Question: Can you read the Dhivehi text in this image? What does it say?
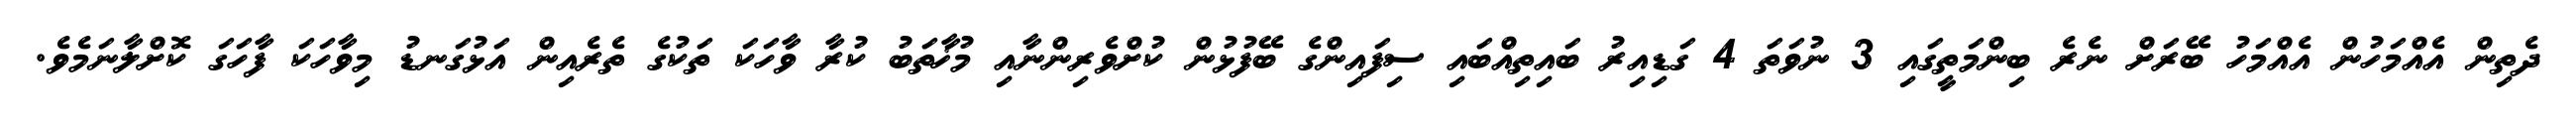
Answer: ދެތިން އެއްމަހުން އެއްމަހު ބޭރަށް ނެރެ ބިންމަތީގައި 3 ނުވަތަ 4 ގަޑިއިރު ބައިތިއްބައި ސިފައިންގެ ބޭފުޅުން ކުށްވެރިންނާއި މުޚާތަބު ކުރާ ވާހަކަ ތަކުގެ ތެރެއިން އަޅުގަނޑު މިވާހަކަ ފާހަގަ ކޮށްލާނަމެވެ.